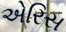
એરિસ